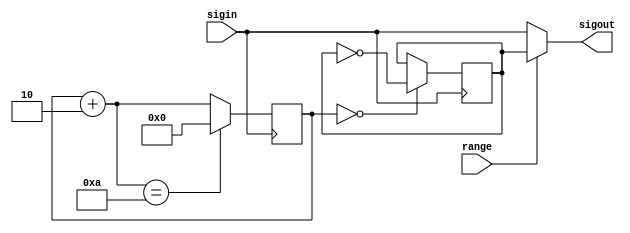
module range (range, sigin, sigout);
input range, sigin;
output sigout;
reg sig10;
reg [4:0] state;

assign sigout = range ? sig10 : sigin;

initial begin
    state <= 0;
    sig10 <= 0;
end

always @(posedge sigin) begin
    if (state == 0)
        sig10 = ~sig10;
    state = state + 4'd2;
    if (state == 4'd10)
        state = 4'b0;
end

endmodule